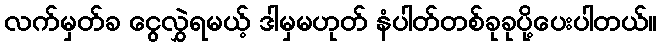
လက်မှတ်ခ ငွေလွှဲရမယ့် ဒါမှမဟုတ် နံပါတ်တစ်ခုခုပို့ပေးပါတယ်။